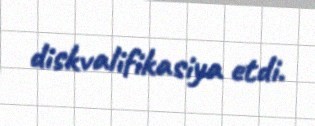
diskvalifikasiya etdi.